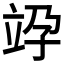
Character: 𥩯